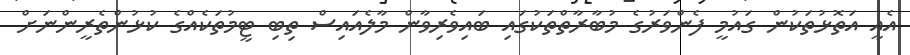
އެއީ އަތޮޅުތަކުން ގައުމީ ފެންވަރުގެ މުބާރާތްތަކުގައި ބައިވެރިވާން މާލެއައިސް ތިބި ޓީމުތަކެއްގެ ކުޅުންތެރީންނަށް